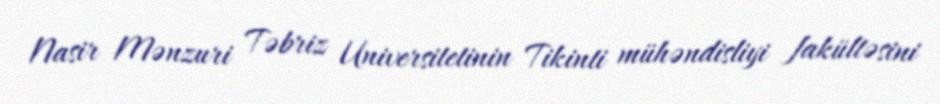
Nasir Mənzuri Təbriz Universitetinin Tikinti mühəndisliyi fakültəsini